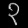
Digit: ၃